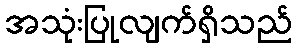
အသုံးပြုလျက်ရှိသည်